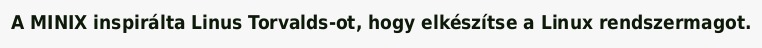
A MINIX inspirálta Linus Torvalds-ot, hogy elkészítse a Linux rendszermagot.